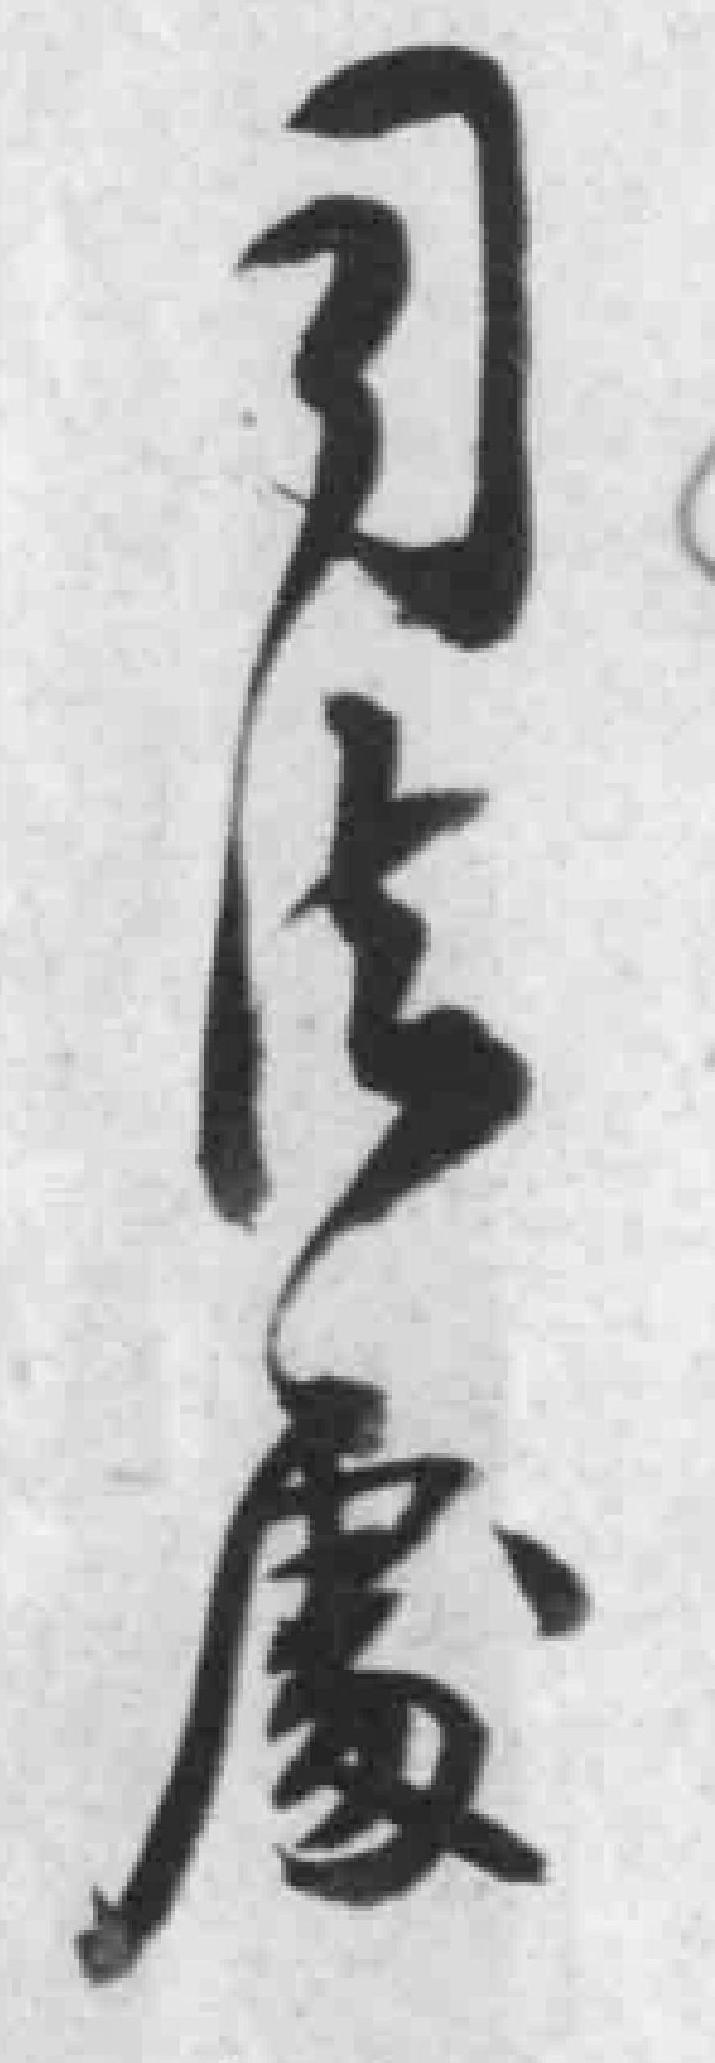
司法處